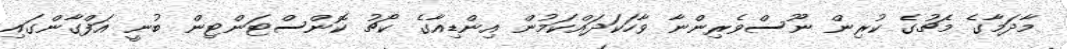
މާދަމާގެ މެޗުގެ ކުރިން ނޫސްވެރިންނާ ވާހަކަދައްކަމުން އިންޑިއާގެ ކޯޗު ކޮންސްޓަންޓިން ބުނީ އަފްގާންގައި